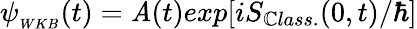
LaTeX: \psi_{_{WKB}}(t)=\mathit{A}(t)exp[iS_{\mathbb{C}lass.}(0,t)/\hbar]